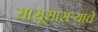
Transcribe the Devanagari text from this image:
सासूसासऱ्याचे